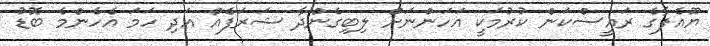
ޔޫއެފާގެ ރައީސްކަން ކުރުމަކީ އަހަންނަށް ލިބިގެންދާ ޝަރަފެއް އަދި ހަމަ އެހެންމެ ބޮޑު